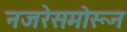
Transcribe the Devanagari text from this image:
नजरेसमोरून